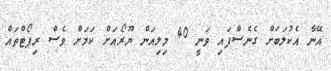
އޭނާ އެކުލަބަށް ގެނެސްފައި ވަނީ 40 މިލިއަން ޔޫރޯއަށް ކަމަށް ވެސް ރިޕޯޓްތައް